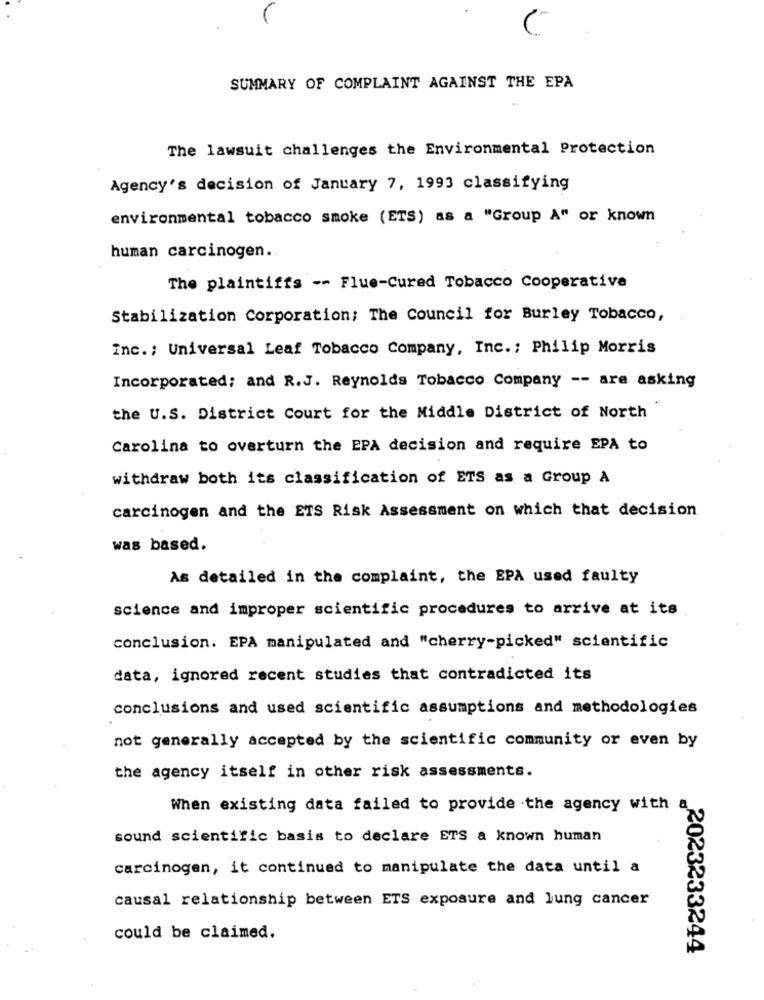
C
SUMMARY OF COMPLAINT AGAINST THE EPA
The lawsuit challenges the Environmental Protection
Agency's decision of January 7, 1993 classifying
environmental tobacco smoke (ETS) as a "Group A" or known
human carcinogen ..
The plaintiffs -- Flue-Cured Tobacco Cooperative
Stabilization Corporation; The Council for Burley Tobacco,
Inc .; Universal Leaf Tobacco Company, Inc .; Philip Morris
Incorporated; and R.J. Reynolds Tobacco Company -- are asking
the U.S. District Court for the Middle District of North
Carolina to overturn the EPA decision and require EPA to
withdraw both its classification of ETS as a Group À
carcinogen and the ETS Risk Assessment on which that decision
was based.
As detailed in the complaint, the EPA used faulty
science and improper scientific procedures to arrive at its
conclusion. EPA manipulated and "cherry-picked" scientific
data, ignored recent studies that contradicted its
conclusions and used scientific assumptions and methodologies
not generally accepted by the scientific community or even by
the agency itself in other risk assessments.
When existing data failed to provide the agency with
sound scientific basis to declare ETS a known human
carcinogen, it continued to manipulate the data until a
causal relationship between ETS exposure and lung cancer
could be claimed.
2023233244